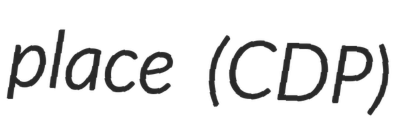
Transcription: place (CDP)